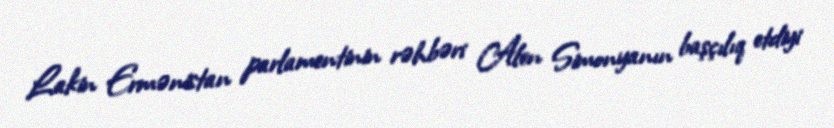
Lakin Ermənistan parlamentinin rəhbəri Alen Simonyanın başçılıq etdiyi